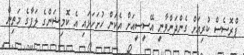
ޕްރޮސެސް ކުރިއަށް ގެންދަންވާނީ އޭސީސީއަށް އެކަން ހުށަހަޅައި އެ ކޮމިޝަންގެ ލަފާގެ މަތިން